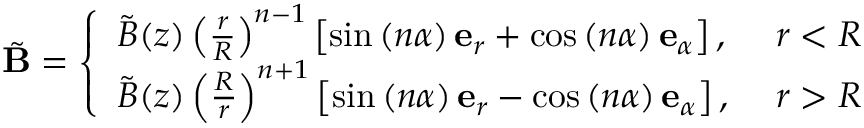
\tilde { \mathbf { B } } = \left\{ \begin{array} { l l } { \tilde { B } ( z ) \left( \frac { r } { R } \right) ^ { n - 1 } \left[ \sin \left( n \alpha \right) \mathbf { e } _ { r } + \cos \left( n \alpha \right) \mathbf { e } _ { \alpha } \right] , } & { \ r < R } \\ { \tilde { B } ( z ) \left( \frac { R } { r } \right) ^ { n + 1 } \left[ \sin \left( n \alpha \right) \mathbf { e } _ { r } - \cos \left( n \alpha \right) \mathbf { e } _ { \alpha } \right] , } & { \ r > R } \end{array} \right.